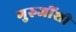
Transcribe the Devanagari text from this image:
गुरुजींशी